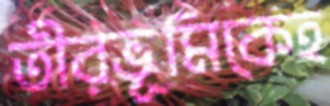
তীরভূমিকেহ